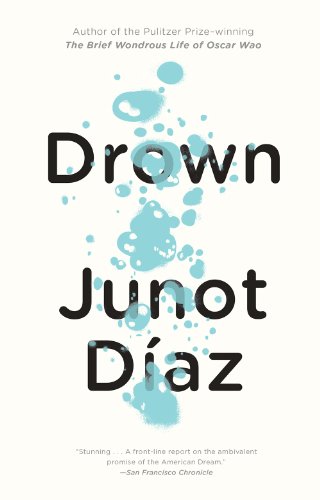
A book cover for Drown; Junot Diaz; Literature & Fiction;